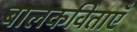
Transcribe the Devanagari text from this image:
बालकविताएँ